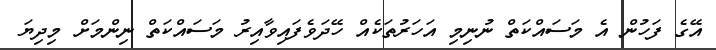
އޭގެ ފަހުން އެ މަސައްކަތް ނުނިމި އަހަރުތަކެއް ހޭދަވެފައިވާއިރު މަސައްކަތް ނިންމަށް މިދިޔަ